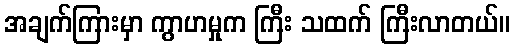
အချက်ကြားမှာ ကွာဟမှုက ကြီး သထက် ကြီးလာတယ်။